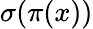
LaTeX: \sigma(\pi(x))